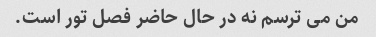
من می ترسم نه در حال حاضر فصل تور است.